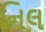
નિલ